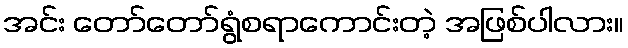
အင်း တော်တော်ရွံစရာကောင်းတဲ့ အဖြစ်ပါလား။